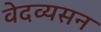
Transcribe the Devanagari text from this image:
वेदव्यसन